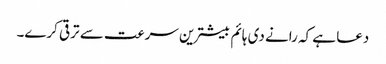
دعا ہے کہ رانے دی ہائم بیشترین سرعت سے ترقی کرے۔